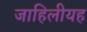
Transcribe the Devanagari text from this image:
जाहिलीयह